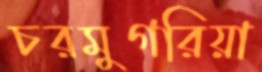
চরমুগরিয়া